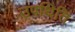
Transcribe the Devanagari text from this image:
उपथिति